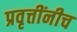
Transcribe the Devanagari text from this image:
प्रवृत्तींनीच